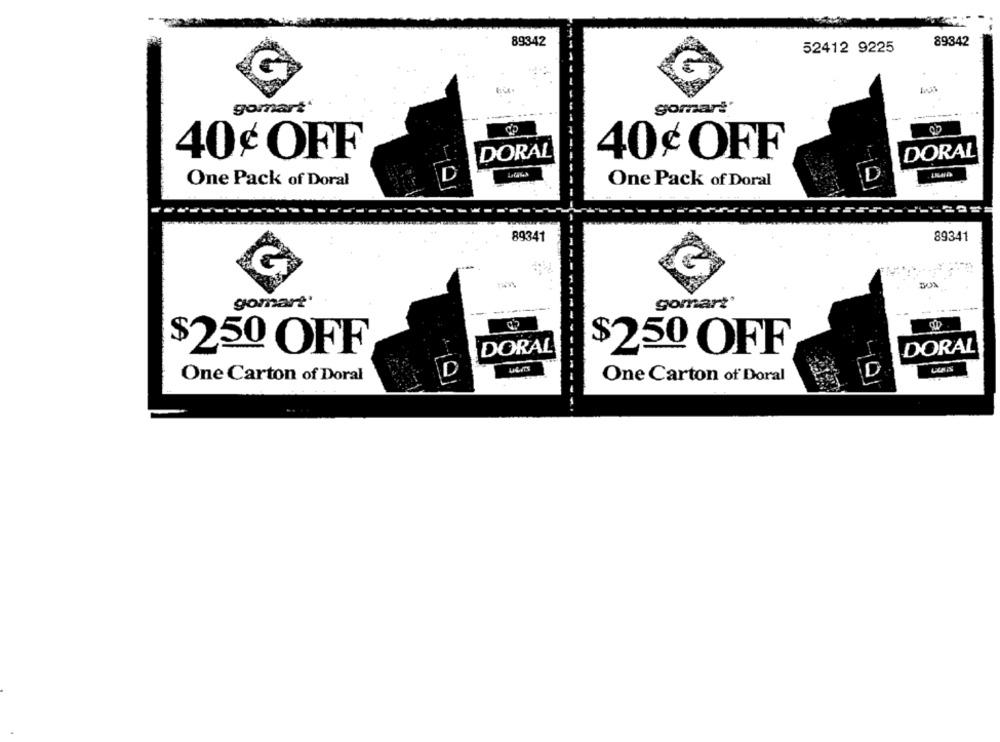
89342
89342
52412 9225
gomart"
gomar !*
-
DORAL
DORAL
40¢ OFF
40¢ OFF
D
D
One Pack of Doral
One Pack of Doral
89341
89341
gomart'
gomart
DORAL
DORAL
$250 OFF
$250 OFF
D
UGITS
D
One Carton of Doral
One Carton of Doral